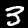
Digit: 3